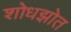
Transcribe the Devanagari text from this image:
शोधझोत